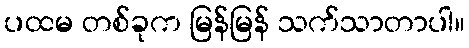
ပထမ တစ်ခုက မြန်မြန် သက်သာတာပါ။